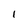
Character: 1